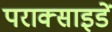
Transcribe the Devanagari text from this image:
पराक्साइडें